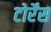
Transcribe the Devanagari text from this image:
टोर्रेंस